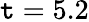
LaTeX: \mathtt{t}=5.2